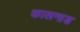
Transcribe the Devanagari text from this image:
कालनाड